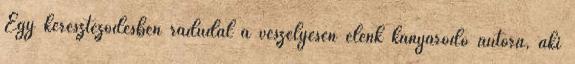
Egy kereszteződésben rádudál a veszélyesen elénk kanyarodó autóra, aki